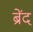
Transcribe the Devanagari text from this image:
ब्रेंद